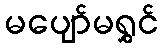
မပျော်မရွှင်